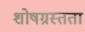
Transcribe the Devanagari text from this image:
शोषग्रस्तता